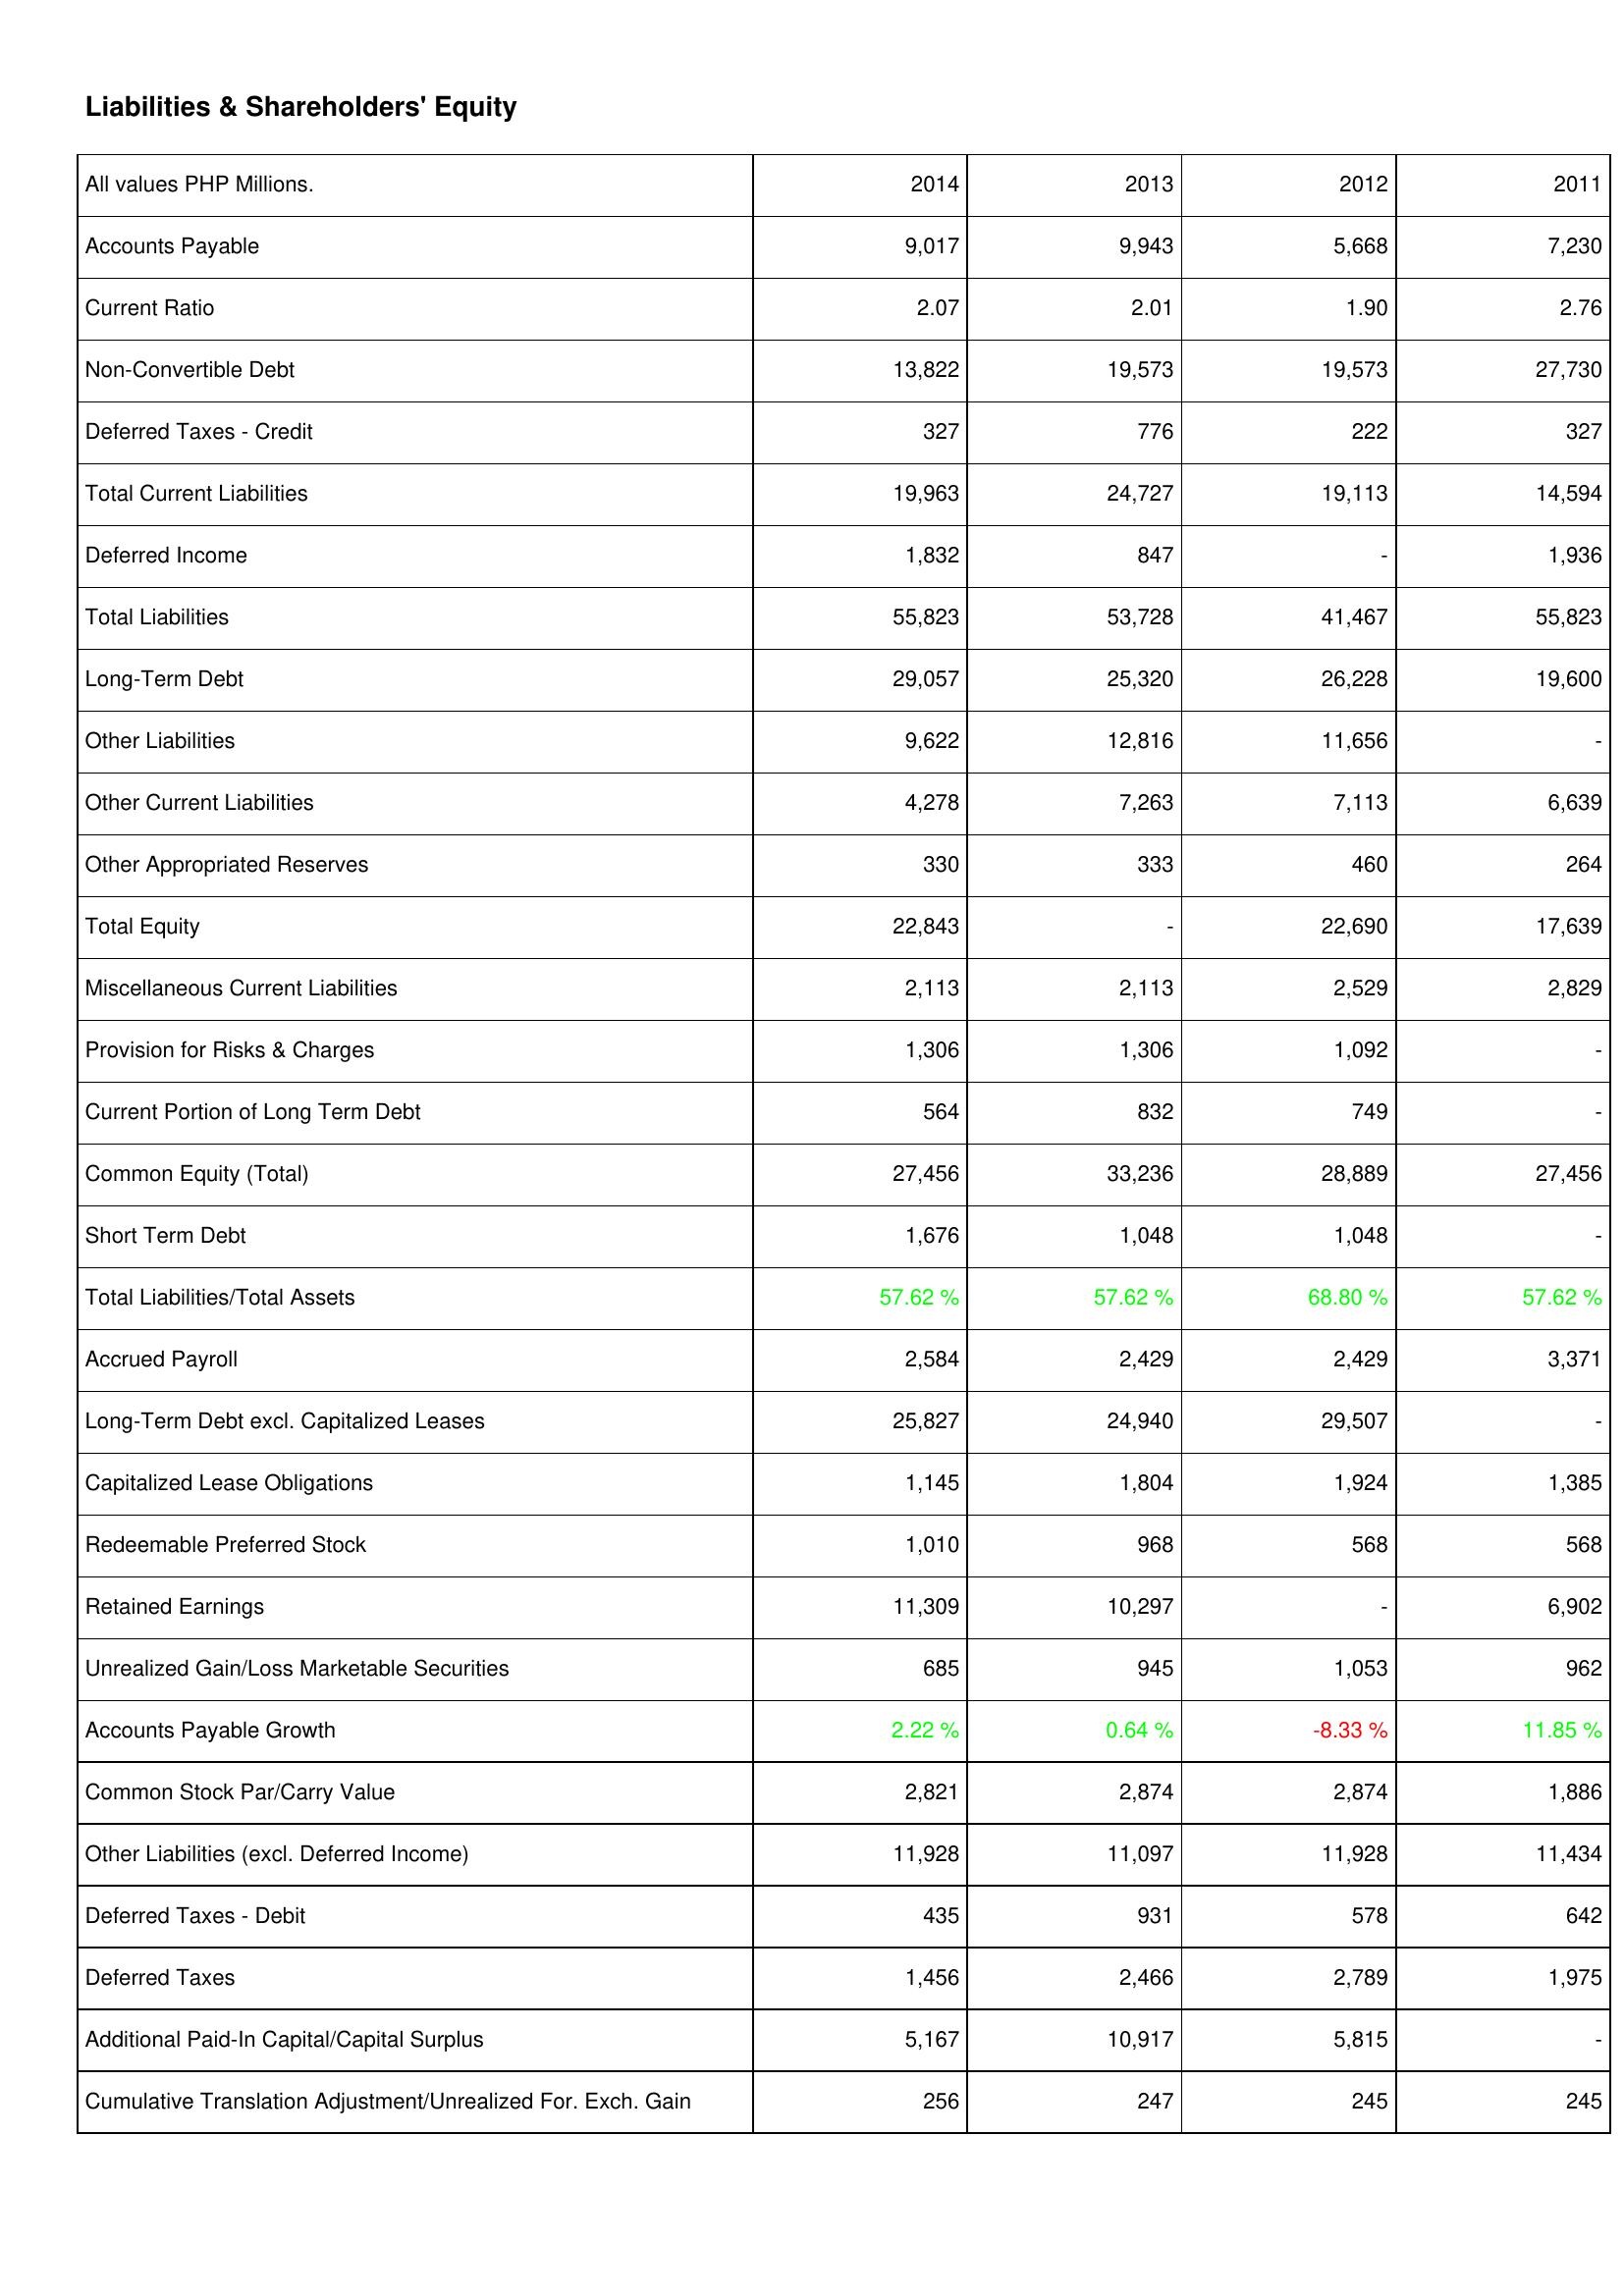
2014: Liabilities & Shareholders' Equity: Accounts Payable: 9,017
Current Ratio: 2.07
Non-Convertible Debt: 13,822
Deferred Taxes - Credit: 327
Total Current Liabilities: 19,963
Deferred Income: 1,832
Total Liabilities: 55,823
Long-Term Debt: 29,057
Other Liabilities: 9,622
Other Current Liabilities: 4,278
Other Appropriated Reserves: 330
Total Equity: 22,843
Miscellaneous Current Liabilities: 2,113
Provision for Risks & Charges: 1,306
Current Portion of Long Term Debt: 564
Common Equity (Total): 27,456
Short Term Debt: 1,676
Total Liabilities/Total Assets: 57.62 %
Accrued Payroll: 2,584
Long-Term Debt excl. Capitalized Leases: 25,827
Capitalized Lease Obligations: 1,145
Redeemable Preferred Stock: 1,010
Retained Earnings: 11,309
Unrealized Gain/Loss Marketable Securities: 685
Accounts Payable Growth: 2.22 %
Common Stock Par/Carry Value: 2,821
Other Liabilities (excl. Deferred Income): 11,928
Deferred Taxes - Debit: 435
Deferred Taxes: 1,456
Additional Paid-In Capital/Capital Surplus: 5,167
Cumulative Translation Adjustment/Unrealized For. Exch. Gain: 256
2013: Liabilities & Shareholders' Equity: Accounts Payable: 9,943
Current Ratio: 2.01
Non-Convertible Debt: 19,573
Deferred Taxes - Credit: 776
Total Current Liabilities: 24,727
Deferred Income: 847
Total Liabilities: 53,728
Long-Term Debt: 25,320
Other Liabilities: 12,816
Other Current Liabilities: 7,263
Other Appropriated Reserves: 333
Total Equity: -
Miscellaneous Current Liabilities: 2,113
Provision for Risks & Charges: 1,306
Current Portion of Long Term Debt: 832
Common Equity (Total): 33,236
Short Term Debt: 1,048
Total Liabilities/Total Assets: 57.62 %
Accrued Payroll: 2,429
Long-Term Debt excl. Capitalized Leases: 24,940
Capitalized Lease Obligations: 1,804
Redeemable Preferred Stock: 968
Retained Earnings: 10,297
Unrealized Gain/Loss Marketable Securities: 945
Accounts Payable Growth: 0.64 %
Common Stock Par/Carry Value: 2,874
Other Liabilities (excl. Deferred Income): 11,097
Deferred Taxes - Debit: 931
Deferred Taxes: 2,466
Additional Paid-In Capital/Capital Surplus: 10,917
Cumulative Translation Adjustment/Unrealized For. Exch. Gain: 247
2012: Liabilities & Shareholders' Equity: Accounts Payable: 5,668
Current Ratio: 1.90
Non-Convertible Debt: 19,573
Deferred Taxes - Credit: 222
Total Current Liabilities: 19,113
Deferred Income: -
Total Liabilities: 41,467
Long-Term Debt: 26,228
Other Liabilities: 11,656
Other Current Liabilities: 7,113
Other Appropriated Reserves: 460
Total Equity: 22,690
Miscellaneous Current Liabilities: 2,529
Provision for Risks & Charges: 1,092
Current Portion of Long Term Debt: 749
Common Equity (Total): 28,889
Short Term Debt: 1,048
Total Liabilities/Total Assets: 68.80 %
Accrued Payroll: 2,429
Long-Term Debt excl. Capitalized Leases: 29,507
Capitalized Lease Obligations: 1,924
Redeemable Preferred Stock: 568
Retained Earnings: -
Unrealized Gain/Loss Marketable Securities: 1,053
Accounts Payable Growth: -8.33 %
Common Stock Par/Carry Value: 2,874
Other Liabilities (excl. Deferred Income): 11,928
Deferred Taxes - Debit: 578
Deferred Taxes: 2,789
Additional Paid-In Capital/Capital Surplus: 5,815
Cumulative Translation Adjustment/Unrealized For. Exch. Gain: 245
2011: Liabilities & Shareholders' Equity: Accounts Payable: 7,230
Current Ratio: 2.76
Non-Convertible Debt: 27,730
Deferred Taxes - Credit: 327
Total Current Liabilities: 14,594
Deferred Income: 1,936
Total Liabilities: 55,823
Long-Term Debt: 19,600
Other Liabilities: -
Other Current Liabilities: 6,639
Other Appropriated Reserves: 264
Total Equity: 17,639
Miscellaneous Current Liabilities: 2,829
Provision for Risks & Charges: -
Current Portion of Long Term Debt: -
Common Equity (Total): 27,456
Short Term Debt: -
Total Liabilities/Total Assets: 57.62 %
Accrued Payroll: 3,371
Long-Term Debt excl. Capitalized Leases: -
Capitalized Lease Obligations: 1,385
Redeemable Preferred Stock: 568
Retained Earnings: 6,902
Unrealized Gain/Loss Marketable Securities: 962
Accounts Payable Growth: 11.85 %
Common Stock Par/Carry Value: 1,886
Other Liabilities (excl. Deferred Income): 11,434
Deferred Taxes - Debit: 642
Deferred Taxes: 1,975
Additional Paid-In Capital/Capital Surplus: -
Cumulative Translation Adjustment/Unrealized For. Exch. Gain: 245